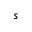
s